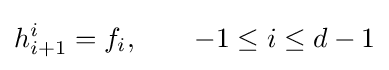
h_{i+1}^{i}=f_{i},\qquad -1\leq i\leq d-1